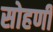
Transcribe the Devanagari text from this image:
सोहणी